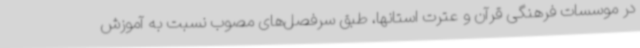
در موسسات فرهنگی قرآن و عترت استانها، طبق سرفصل‌های مصوب نسبت به آموزش